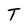
Character: T